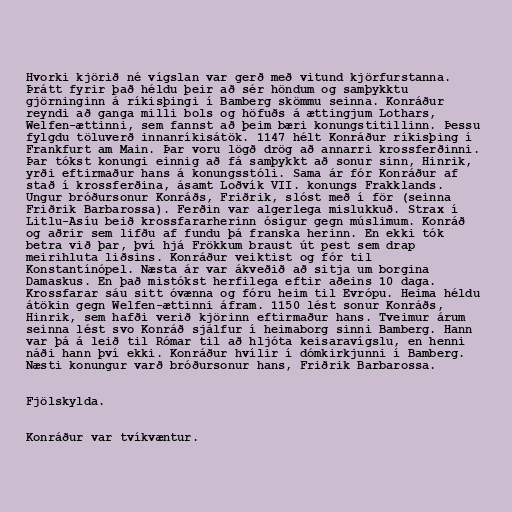
Hvorki kjörið né vígslan var gerð með vitund kjörfurstanna.
Þrátt fyrir það héldu þeir að sér höndum og samþykktu
gjörninginn á ríkisþingi í Bamberg skömmu seinna. Konráður
reyndi að ganga milli bols og höfuðs á ættingjum Lothars,
Welfen-ættinni, sem fannst að þeim bæri konungstitillinn. Þessu
fylgdu töluverð innanríkisátök. 1147 hélt Konráður ríkisþing í
Frankfurt am Main. Þar voru lögð drög að annarri krossferðinni.
Þar tókst konungi einnig að fá samþykkt að sonur sinn, Hinrik,
yrði eftirmaður hans á konungsstóli. Sama ár fór Konráður af
stað í krossferðina, ásamt Loðvík VII. konungs Frakklands.
Ungur bróðursonur Konráðs, Friðrik, slóst með í för (seinna
Friðrik Barbarossa). Ferðin var algerlega mislukkuð. Strax í
Litlu-Asíu beið krossfararherinn ósigur gegn múslimum. Konráð
og aðrir sem lifðu af fundu þá franska herinn. En ekki tók
betra við þar, því hjá Frökkum braust út pest sem drap
meirihluta liðsins. Konráður veiktist og fór til
Konstantínópel. Næsta ár var ákveðið að sitja um borgina
Damaskus. En það mistókst herfilega eftir aðeins 10 daga.
Krossfarar sáu sitt óvænna og fóru heim til Evrópu. Heima héldu
átökin gegn Welfen-ættinni áfram. 1150 lést sonur Konráðs,
Hinrik, sem hafði verið kjörinn eftirmaður hans. Tveimur árum
seinna lést svo Konráð sjálfur í heimaborg sinni Bamberg. Hann
var þá á leið til Rómar til að hljóta keisaravígslu, en henni
náði hann því ekki. Konráður hvílir í dómkirkjunni í Bamberg.
Næsti konungur varð bróðursonur hans, Friðrik Barbarossa.

Fjölskylda.

Konráður var tvíkvæntur.